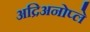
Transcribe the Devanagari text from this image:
अद्रिअनोप्ले